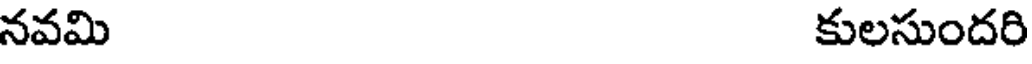
నవమి కులసుందరి